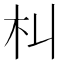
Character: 朻